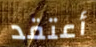
أعتقد